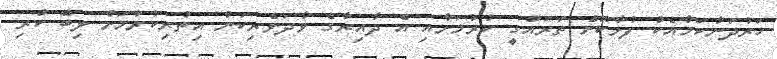
ހަރުދަނާކަމާއެކު ފުޅާކޮށް ތަރައްގީ ކުރުމަށާއި އެ ދާއިރާގެ ވާދަވެރިކަން އިތުރިކުރުމަށް ލިބޭ ކުރި